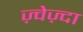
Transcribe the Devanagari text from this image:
ज़्वेज़्दा